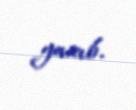
yazıb.